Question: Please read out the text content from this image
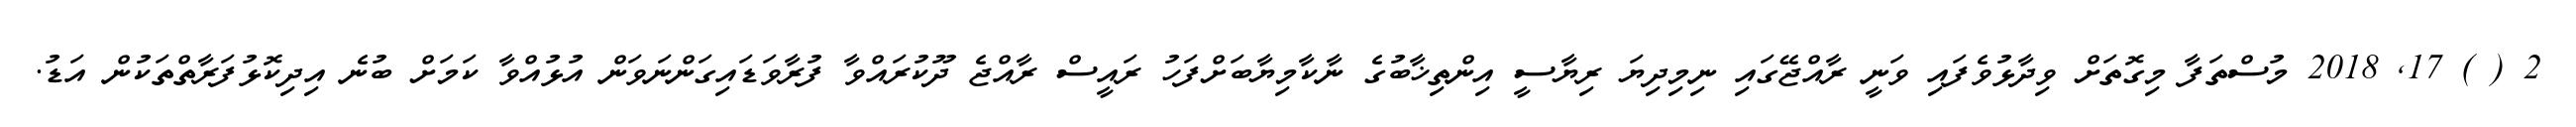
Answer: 2 ( ) 17, 2018 މުސްތަފާ މިގޮތަށް ވިދާޅުވެފައި ވަނީ ރާއްޖޭގައި ނިމިދިޔަ ރިޔާސީ އިންތިޚާބުގެ ނާކާމިޔާބަށްފަހު ރައީސް ރާއްޖެ ދޫކުރައްވާ ފުރާވަޑައިގަންނަވަން އުޅުއްވާ ކަމަށް ބުނެ އިދިކޮޅުފަރާތްތަކުން އަޑު.